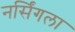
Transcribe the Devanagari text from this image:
नर्सिंगला